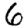
Digit: 6